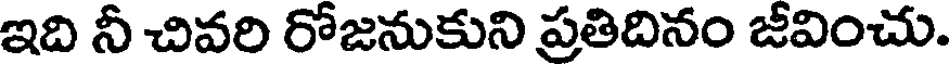
ఇది నీ చివరి రోజనుకుని ప్రతిదినం జీవించు.